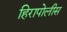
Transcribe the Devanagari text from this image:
हिरापोलीस